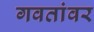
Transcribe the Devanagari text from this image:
गवतांवर